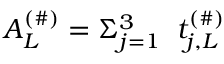
A _ { L } ^ { ( \# ) } = \Sigma _ { j = 1 } ^ { 3 } \; \; t _ { j , L } ^ { ( \# ) }